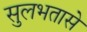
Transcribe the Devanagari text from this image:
सुलभतासे